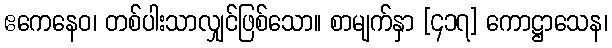
ဧကေနေဝ၊ တစ်ပါးသာလျှင်ဖြစ်သော။ စာမျက်နှာ [၄၁၇] ကောဋ္ဌာသေန၊